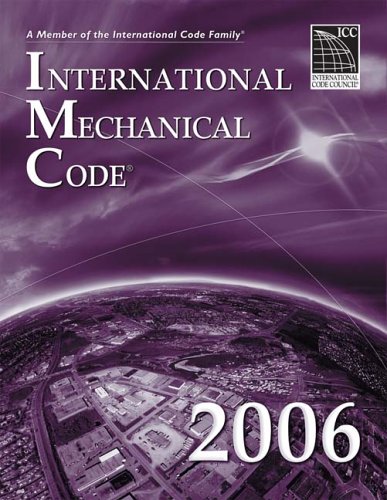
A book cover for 2006 International Mechanical Code (International Code Council Series); International Code Council; Law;